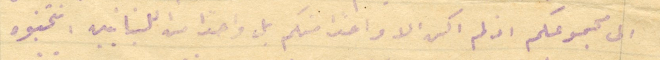
الى مجموعكم اذ لم اكن الا واحدًا منكم بل واحدًا من اللبنانيين، انتخبوه